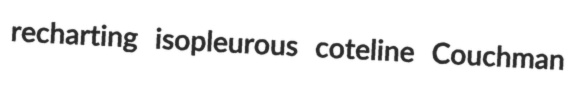
recharting isopleurous coteline Couchman